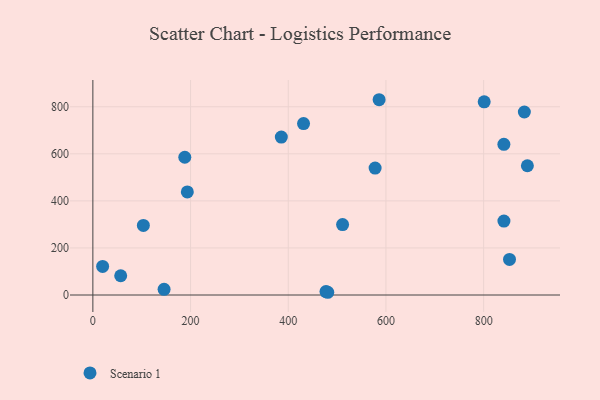
{"axis": {"x": "Experience", "y": "Exam Score"}, "legend": ["Scenario 1"], "data": [{"x": "57.0", "y": 81.8, "type": "Scenario 1"}, {"x": "511.2", "y": 299.2, "type": "Scenario 1"}, {"x": "431.3", "y": 728.7, "type": "Scenario 1"}, {"x": "577.8", "y": 539.6, "type": "Scenario 1"}, {"x": "103.4", "y": 295.9, "type": "Scenario 1"}, {"x": "889.5", "y": 549.3, "type": "Scenario 1"}, {"x": "852.9", "y": 151.4, "type": "Scenario 1"}, {"x": "20.0", "y": 121.6, "type": "Scenario 1"}, {"x": "586.0", "y": 830.0, "type": "Scenario 1"}, {"x": "477.2", "y": 14.4, "type": "Scenario 1"}, {"x": "145.8", "y": 24.0, "type": "Scenario 1"}, {"x": "188.2", "y": 585.4, "type": "Scenario 1"}, {"x": "193.4", "y": 438.2, "type": "Scenario 1"}, {"x": "801.1", "y": 821.2, "type": "Scenario 1"}, {"x": "385.8", "y": 671.2, "type": "Scenario 1"}, {"x": "841.5", "y": 314.4, "type": "Scenario 1"}, {"x": "841.4", "y": 640.5, "type": "Scenario 1"}, {"x": "480.9", "y": 11.6, "type": "Scenario 1"}, {"x": "883.3", "y": 777.8, "type": "Scenario 1"}]}